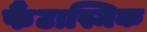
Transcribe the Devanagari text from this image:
फैंटास्मिक